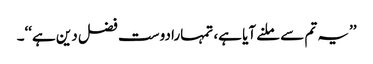
’’یہ تم سے ملنے آیا ہے، تمہارا دوست فضل دین ہے‘‘۔